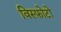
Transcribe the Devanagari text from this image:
विस्फ़ोटो